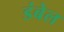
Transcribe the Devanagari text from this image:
डंबेल